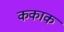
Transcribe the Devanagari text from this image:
ककाक